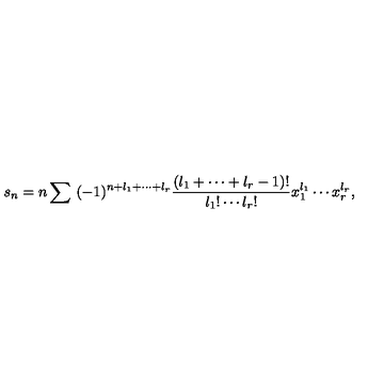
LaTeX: s _ { n } = n \sum \ ( - 1 ) ^ { n + l _ { 1 } + \cdots + l _ { r } } \frac { ( l _ { 1 } + \cdots + l _ { r } - 1 ) ! } { l _ { 1 } ! \cdots l _ { r } ! } x _ { 1 } ^ { l _ { 1 } } \cdots x _ { r } ^ { l _ { r } } ,